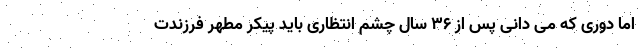
اما دوری که می دانی پس از ۳۶ سال چشم انتظاری باید پیکر مطهر فرزندت